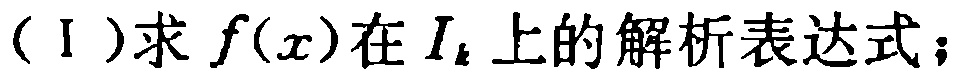
（I）求\(f(x)\)在\(I_{k}\)上的解析表达式；